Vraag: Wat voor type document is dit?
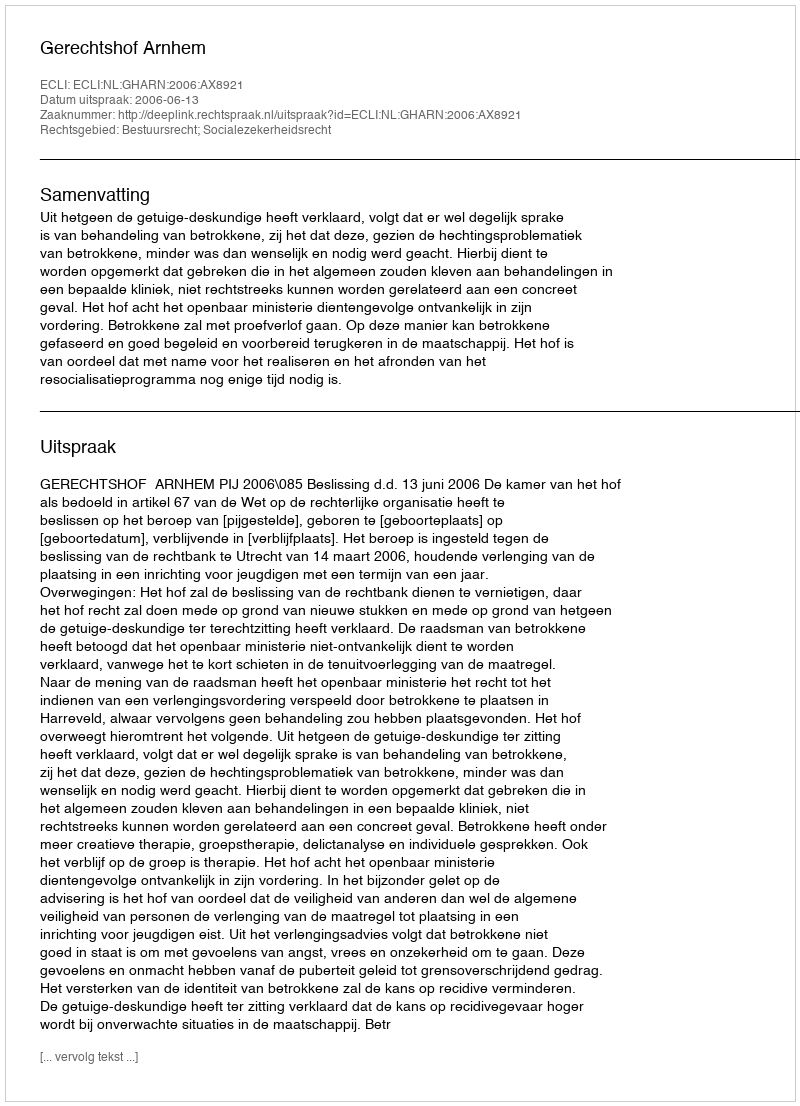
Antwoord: Uitspraak